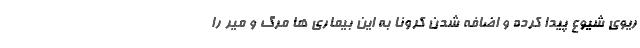
ریوی شیوع پیدا کرده و اضافه شدن کرونا به این بیماری ها مرگ و میر را